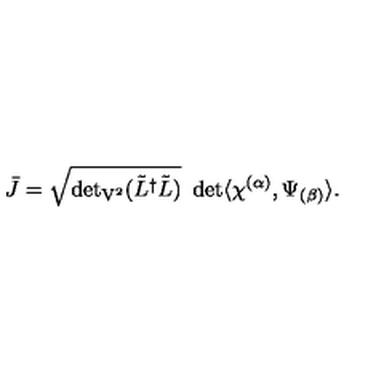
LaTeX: \bar { J } = \sqrt { { \det } _ { \mathrm { V ^ { 2 } } } ( \tilde { L } ^ { \dagger } \tilde { L } ) } \ \det \langle \chi ^ { ( \alpha ) } , \Psi _ { ( \beta ) } \rangle .